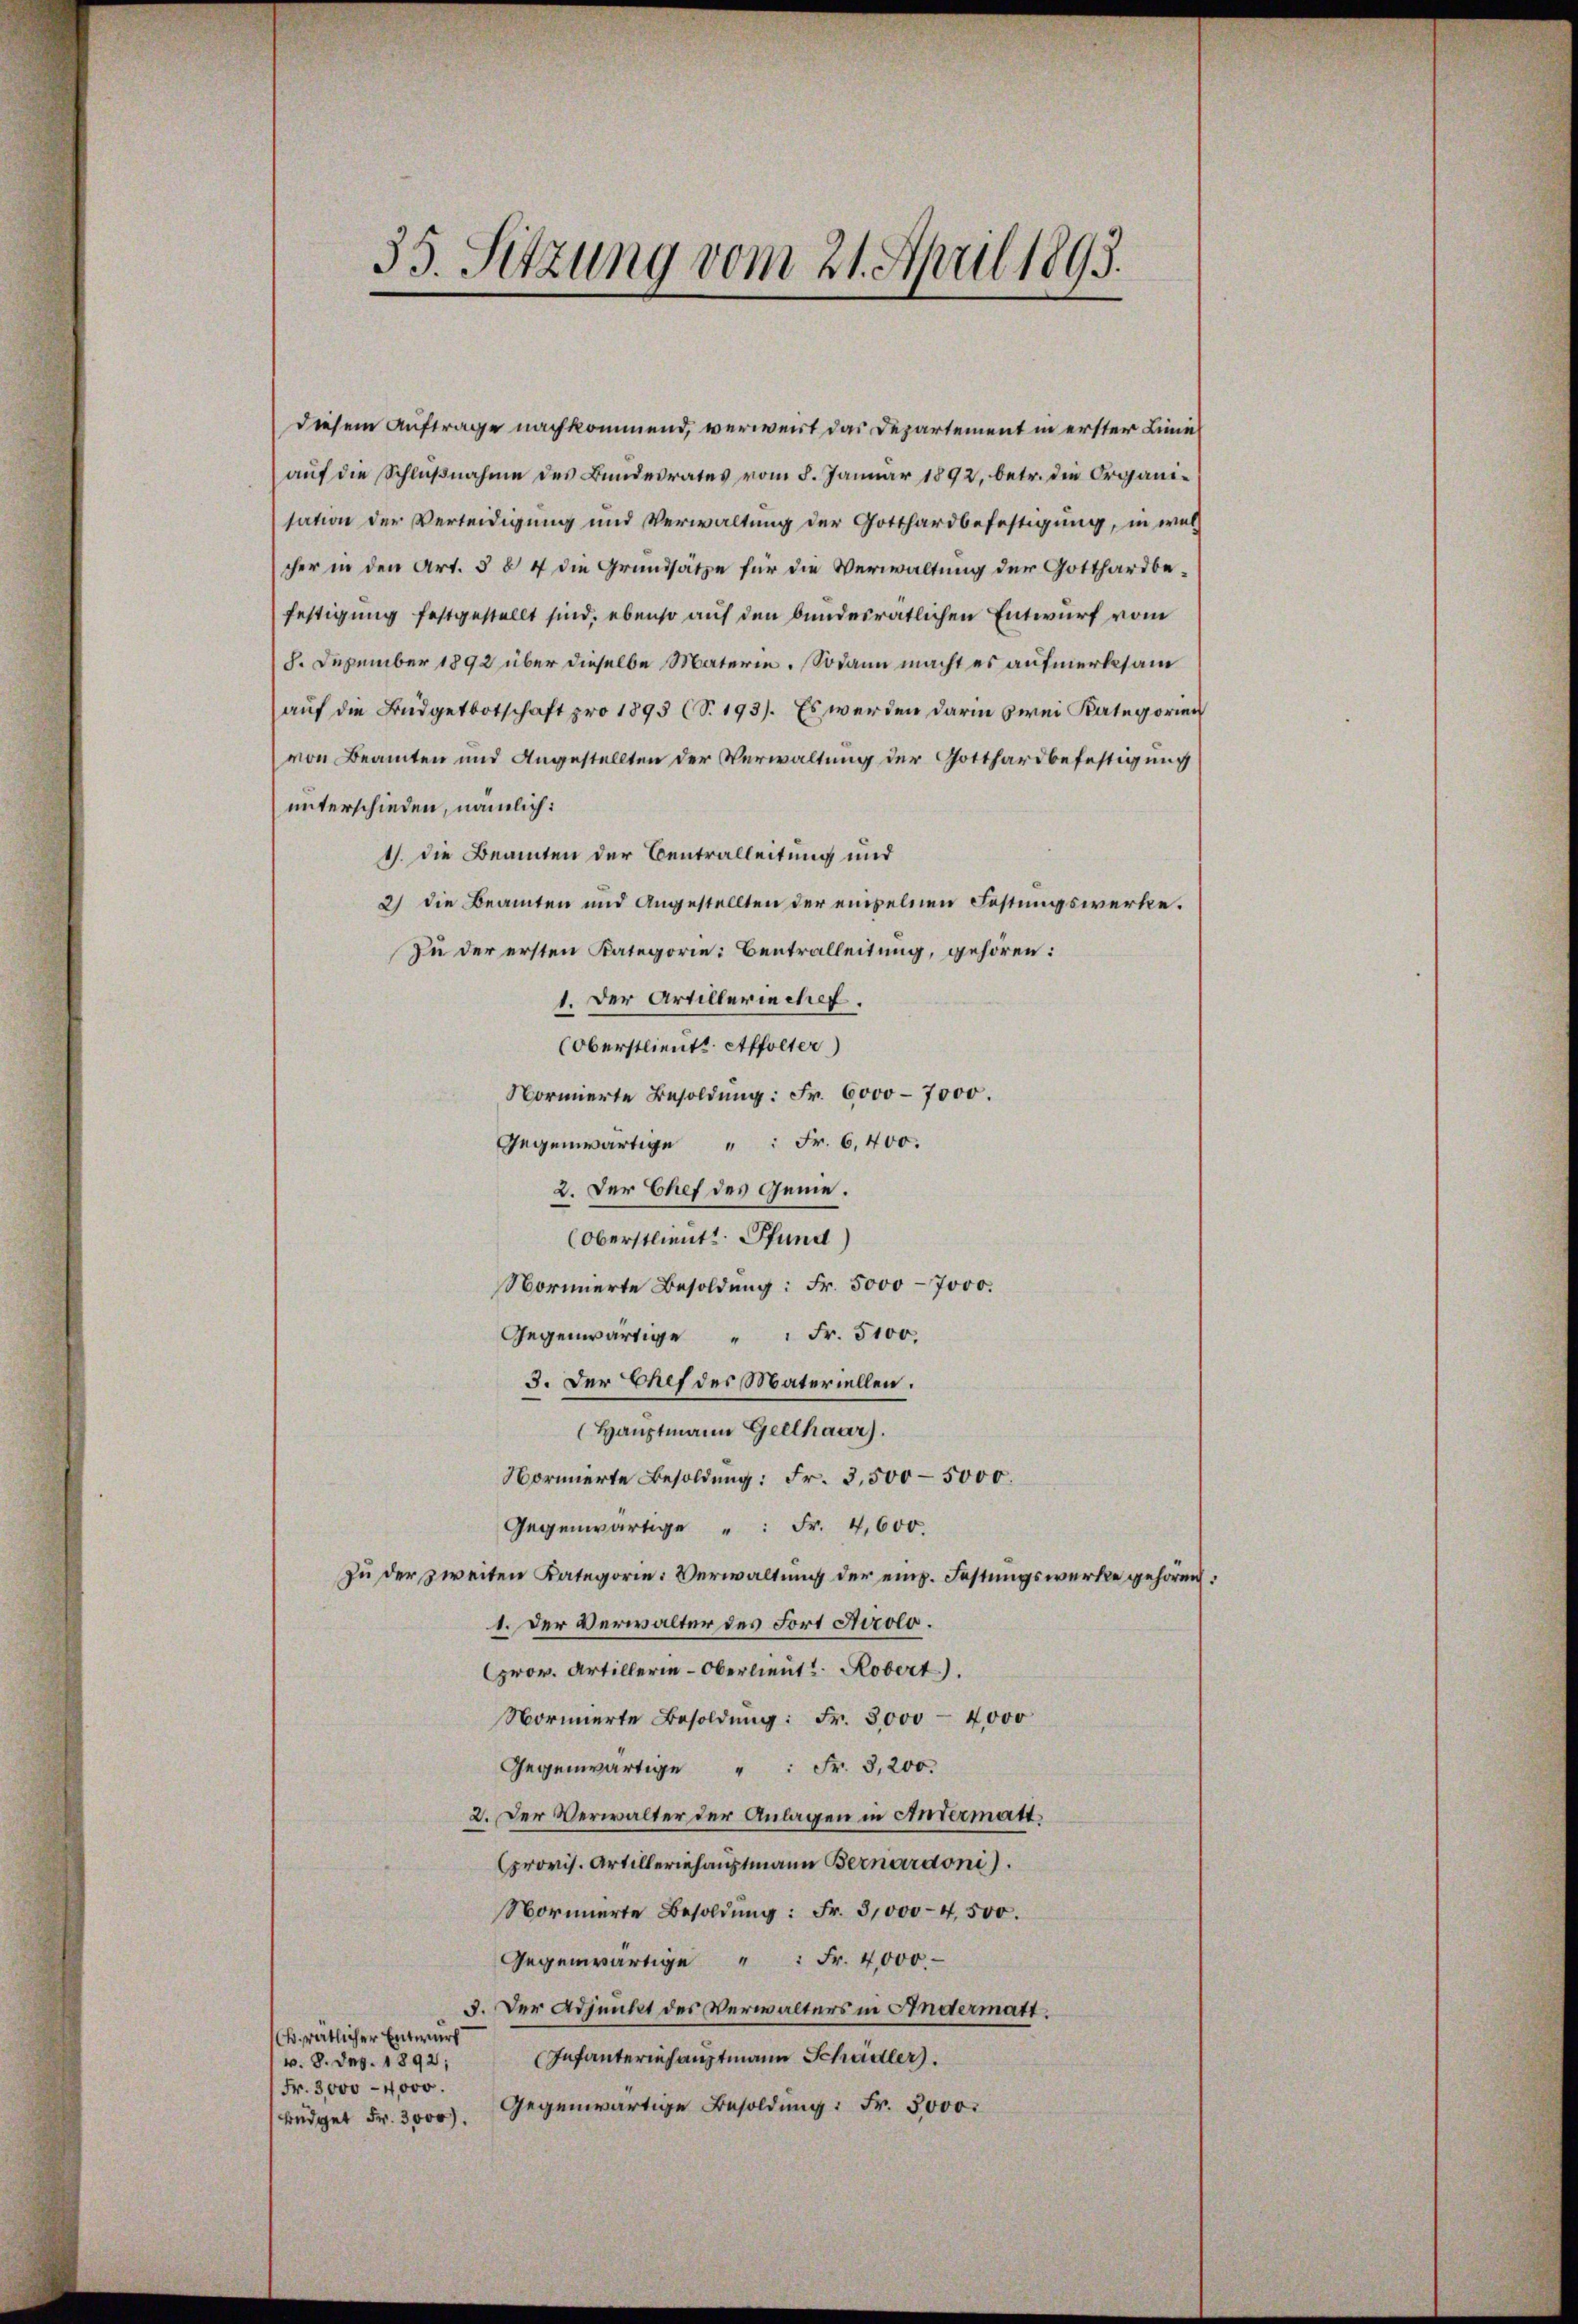
Diesem Auftrage nachkommend, verweist das Departement in erster Linie
auf die Schlußnahme des Bundesrates vom 8. Januar 1892, betr. die Organisation der Verleidigung und Verwaltung der Gotthardbefestigung, in wel
cher in den Art. § 84 die Grundsätze für die Verwaltung der Gotthardbefestigung festgestellt sind, ebenso auf den bundesrätlichen Entwurf vom
8. Dezember 1892 über dieselbe Materie. Sodann macht es aufmerksam
auf die Budgetbotschaft pro 1895 (S. 193). Es werden darin zwei Kategorien
von Beamten und Angestellten der Verwaltung der Gotthardbefestigung
unterschieden, nämlich:
1). Die Beamten der Centralleitung und
2) die Beamten und Angestellten der einzelnen Festungswerke.
Zu der ersten Kategorie: Bentralleitung, gehören:
1. Der Artillerischef.
(Oberstlieute Affolter)
Normierte Besoldung: Fr. 6000-7000.
Gegenwärtige " " Fr. 6400.
2. Der Chef des Gene¬
(Oberstlieutt Pfund)
Normierte Besoldung: Fr. 5000 - 7000.
Gegenwärtige " " Fr. 5100.
3. Der Chef der Materiellen.
(Hauptmann Gellhaar).
Normierte Besoldung: Fr. 3,500-5000.
Gegenwärtige " " Fr. 4,600.
zu der zweiten Kategorie Verwaltung der emp. Festungswerke gehören:
1. Der Verwalter des Fort Airolo.
rov. Artillerie-Oberlieut. Robert).
Normierte Besoldŭng: Fr. 3000 - 4000
Gegenwärtige " " Fr. 3,200.
2. Der Verwalter der Anlagen in Antermatt
provis. Artilleriehauptmann Bernardoni).
Normierte Besoldŭng: Fr. 31000-4,500.
Gegenwärtige " " Fr. 4,000.
5. Der Adjunkt des Verwalters in Andermatt.
Ch. rätlicher Entwurf
Infanteriehauptmann Schadler.
v. 8. Dez. 1892;
Fr. 3,000 - 4000.
Gegenwärtige Besoldung: Fr. 3000.
büdget Fr. 3000.

33. Sitzung vom 21. April 1893.